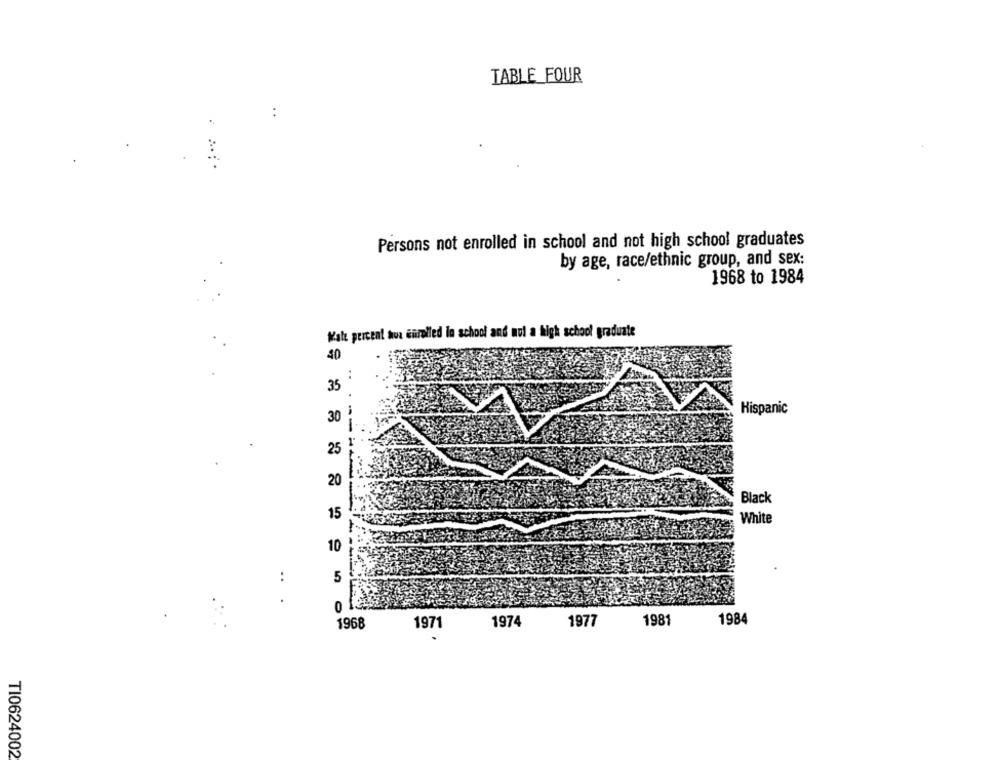
TABLE FOUR
:
:
Persons not enrolled in school and not high school graduates
by age, race/ethnic group, and sex:
1968 to 1984
Wal percent hva enrolled lo school and nul a high school graduate
40
..
35
Hispanic
30
25
20
-----
Black
15
White
10
:
5
.
0
1974
1977
1981
1984
1968
1971
TI0624002